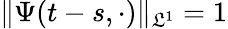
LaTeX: \| \Psi(t-s,\cdot)\| _{\mathfrak{L}^{1}}=1